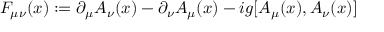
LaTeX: { \cal F } _ { \mu \nu } ( x ) : = \partial _ { \mu } { \cal A } _ { \nu } ( x ) - \partial _ { \nu } { \cal A } _ { \mu } ( x ) - i g [ { \cal A } _ { \mu } ( x ) , { \cal A } _ { \nu } ( x ) ]